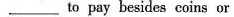
___ to pay besides coins or